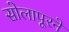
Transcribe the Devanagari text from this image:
सोलापूरने